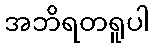
အဘိရတရူပါ